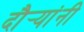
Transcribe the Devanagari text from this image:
दौर्‍यांनी